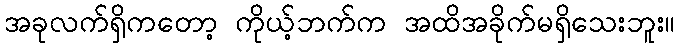
အခုလက်ရှိကတော့ ကိုယ့်ဘက်က အထိအခိုက်မရှိသေးဘူး။